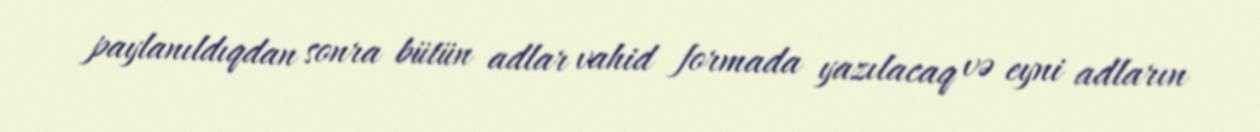
paylanıldıqdan sonra bütün adlar vahid formada yazılacaq və eyni adların